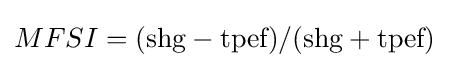
MFSI=({\text{shg}}-{\text{tpef}})/({\text{shg}}+{\text{tpef}})